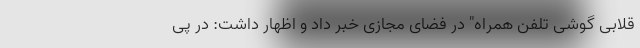
قلابی گوشی تلفن همراه" در فضای مجازی خبر داد و اظهار داشت: در پی